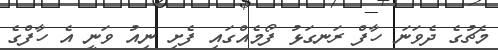
މެޗުގެ ދެވަނަ ހާފް ރަނގަޅު ފޯމެއްގައި ފެށި ނިއު ވަނީ އެ ހާފްގެ